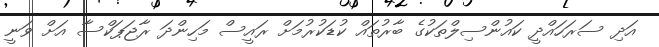
އަދި ސަރަހައްދީ ކައުންސިލްތަކުގެ ބާރުތައް ކުޑަކުރުމަށް ރައީސް މަހިންދަ ރާޖަޕަކްސާ އަށް ވަނީ